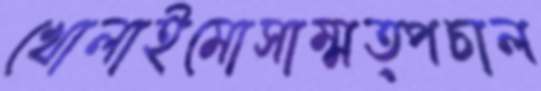
খোলাইমোসাম্মত্পচাল